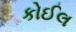
કોઈલ